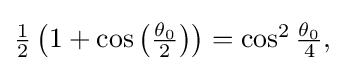
{\textstyle {\frac {1}{2}}\left(1+\cos \left({\frac {\theta _{0}}{2}}\right)\right)=\cos ^{2}{\frac {\theta _{0}}{4}},}